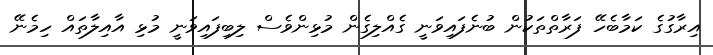
އިރާގުގެ ކަމާބެހޭ ފަރާތްތަކުން ބުނެފައިވަނީ ގެއްލިގެން މުޅިންވެސް ލިބިފައިވަނީ މުޅި އާއިލާތައް ހިމެނޭ